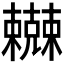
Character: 𰙇